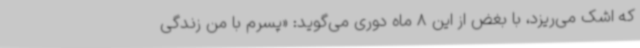
که اشک می‌ریزد، با بغض از این 8 ماه دوری می‌گوید: «پسرم با من زندگی